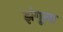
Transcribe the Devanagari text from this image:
झंगूला